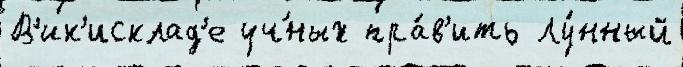
В'ик'исклад'е уч́ных пра́в'ить Лу́нный